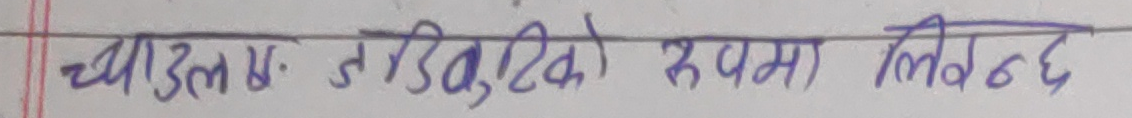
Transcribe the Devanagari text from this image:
च्याउल म. नडिटिको रूपमा लिखन्छ